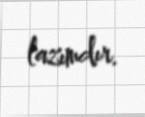
lazımdır.